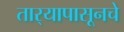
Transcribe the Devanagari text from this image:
तार्‍यापासूनचे